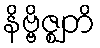
နိဗ္ဗိဇ္ဈတိ